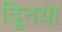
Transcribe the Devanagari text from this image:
दुिनया